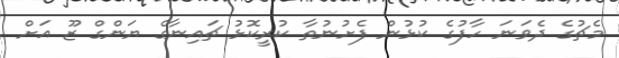
މެޗުގެ ދެވަނަ ހާފުގެ ކުޅުން ފެށުނުތާ ކުރީކޮޅު ޗައިނާގެ ޔަންގް ޒޫ އަށް